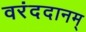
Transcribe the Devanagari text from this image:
वरंददानम्